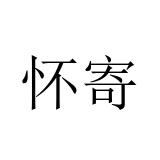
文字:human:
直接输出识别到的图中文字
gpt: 怀寄